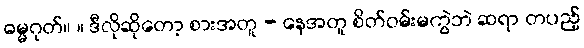
ဓမ္မဂုတ်။ ။ ဒီလိုဆိုတော့ စားအတူ - နေအတူ စိတ်ဝမ်းမကွဲဘဲ ဆရာ တပည့်